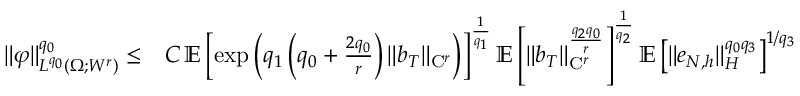
\begin{array} { r l } { \| \varphi \| _ { L ^ { q _ { 0 } } ( \Omega ; W ^ { r } ) } ^ { q _ { 0 } } \le } & { C \, \mathbb { E } \left[ \exp \left( q _ { 1 } \left( q _ { 0 } + \frac { 2 q _ { 0 } } { r } \right) \| b _ { T } \| _ { \mathrm { C } ^ { r } } \right) \right] ^ { \frac { 1 } { q _ { 1 } } } \mathbb { E } \left[ \| b _ { T } \| _ { \mathrm { C } ^ { r } } ^ { \frac { q _ { 2 } q _ { 0 } } { r } } \right] ^ { \frac { 1 } { q _ { 2 } } } \mathbb { E } \left[ \| e _ { N , h } \| _ { H } ^ { q _ { 0 } q _ { 3 } } \right] ^ { 1 / q _ { 3 } } } \end{array}